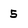
Character: 5